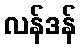
လန်ဒန်